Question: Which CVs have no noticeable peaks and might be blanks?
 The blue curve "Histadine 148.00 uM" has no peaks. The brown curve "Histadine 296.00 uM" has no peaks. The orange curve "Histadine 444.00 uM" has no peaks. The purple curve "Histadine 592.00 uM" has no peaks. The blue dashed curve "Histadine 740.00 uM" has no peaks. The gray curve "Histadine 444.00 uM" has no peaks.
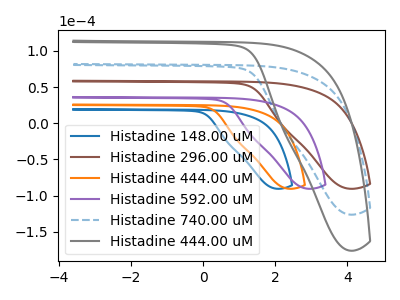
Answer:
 <answer>"Histadine 148.00 uM", "Histadine 296.00 uM", "Histadine 444.00 uM", "Histadine 592.00 uM", "Histadine 740.00 uM" and "Histadine 444.00 uM" are likely to be blanks.</answer>
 <eval>"Histadine 148.00 uM", "Histadine 296.00 uM", "Histadine 444.00 uM", "Histadine 592.00 uM", "Histadine 740.00 uM", "Histadine 444.00 uM"</eval>